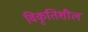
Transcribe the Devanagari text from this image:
विकृतिशील